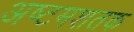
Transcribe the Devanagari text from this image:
अष्टमशतक